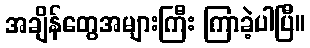
အချိန်တွေအများကြီး ကြာခဲ့ပါပြီ။